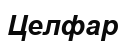
Целфар